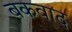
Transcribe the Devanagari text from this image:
बकवाद